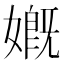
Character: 𡠣